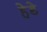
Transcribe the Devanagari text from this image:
हेडे